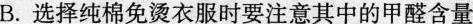
B.选择纯棉免烫衣服时要注意其中的甲醛含量